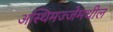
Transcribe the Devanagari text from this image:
अस्थिमज्जेमधील